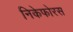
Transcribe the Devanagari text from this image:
निकेफोरस